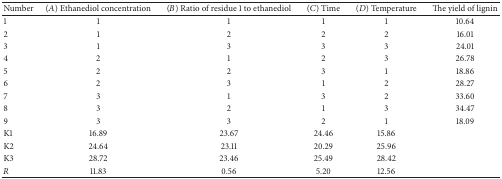
| Number | (A) Ethanediol concentration | (B) Ratio of residue 1 to ethanediol | (C) Time | (D) Temperature | The yield of lignin |
 | --- | --- | --- | --- | --- | --- |
 | 1 | 1 | 1 | 1 | 1 | 10.64 |
 | 2 | 1 | 2 | 2 | 2 | 16.01 |
 | 3 | 1 | 3 | 3 | 3 | 24.01 |
 | 4 | 2 | 1 | 2 | 3 | 26.78 |
 | 5 | 2 | 2 | 3 | 1 | 18.86 |
 | 6 | 2 | 3 | 1 | 2 | 28.27 |
 | 7 | 3 | 1 | 3 | 2 | 33.60 |
 | 8 | 3 | 2 | 1 | 3 | 34.47 |
 | 9 | 3 | 3 | 2 | 1 | 18.09 |
 | K1 | 16.89 | 23.67 | 24.46 | 15.86 |  |
 | K2 | 24.64 | 23.11 | 20.29 | 25.96 |  |
 | K3 | 28.72 | 23.46 | 25.49 | 28.42 |  |
 | R | 11.83 | 0.56 | 5.20 | 12.56 |  |